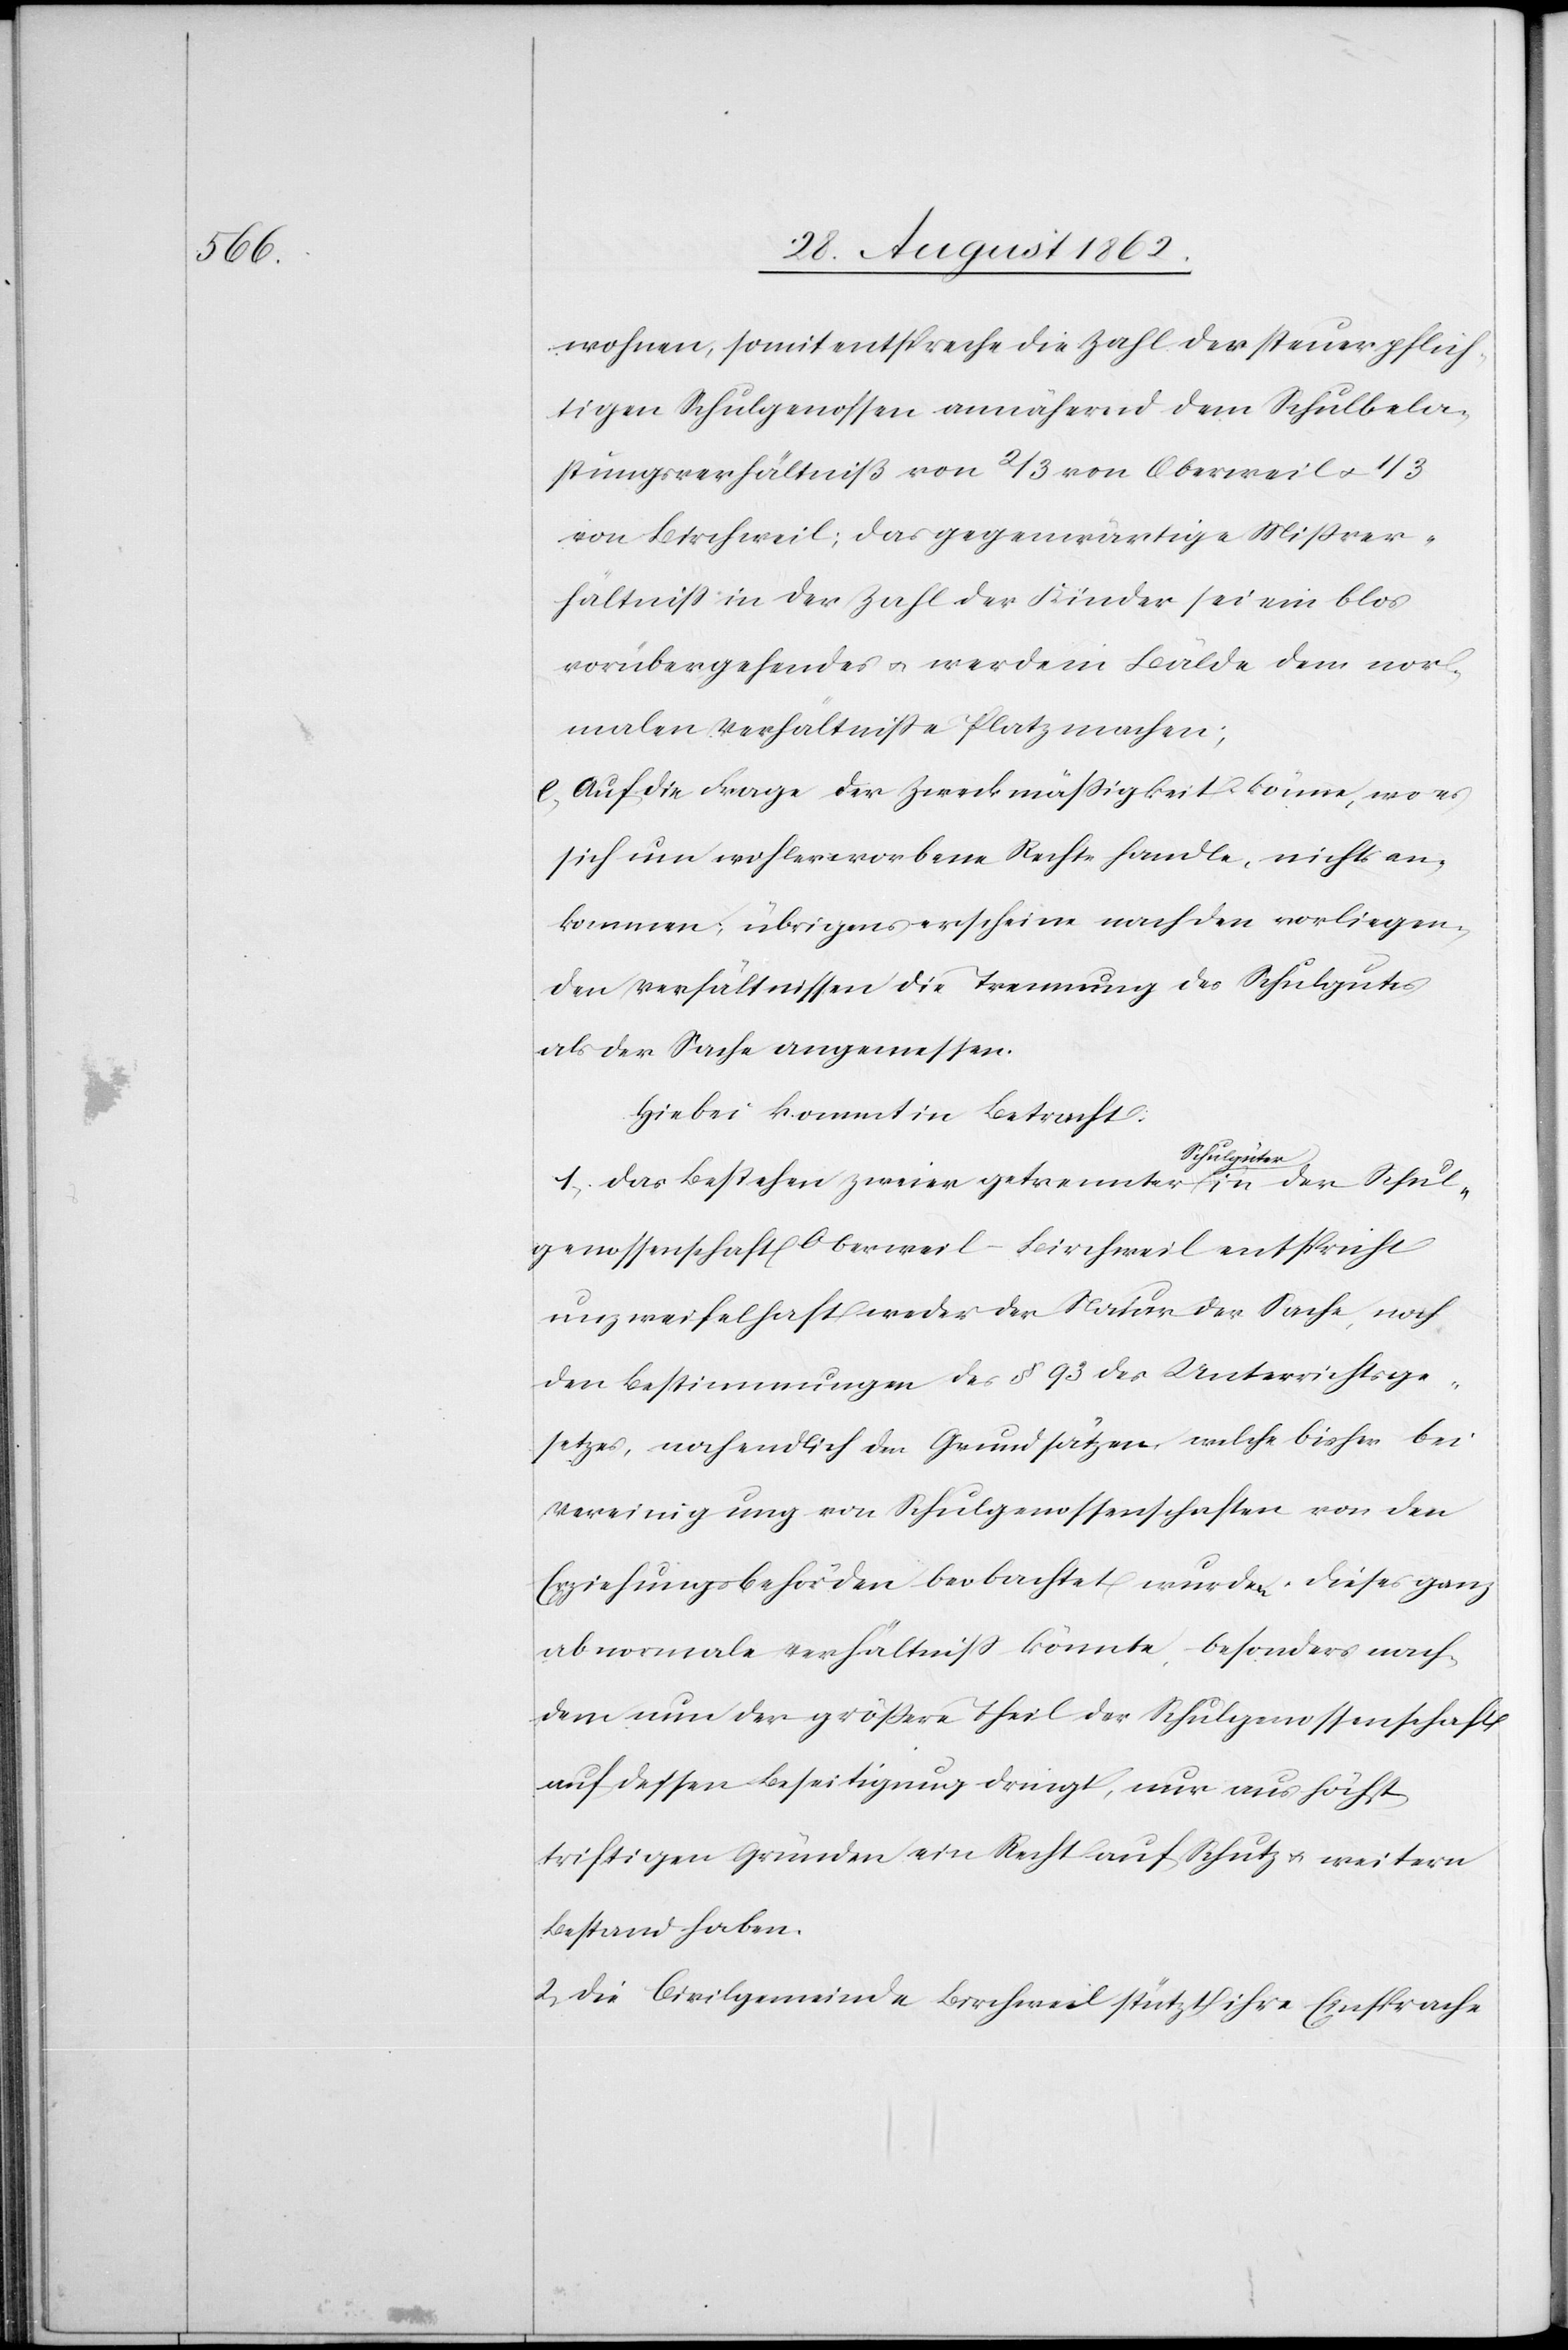
wohnen, somit entspreche die Zahl der steuerpflich¬
tigen Schulgenossen annährend dem Schulbela¬
stungsverhältniß von 2/3 von Oberweil u. 1/3
von Birchweil; das gegenwärtige Mißver¬
hältniß in der Zahl der Kinder sei ein blos
vorübergehendes u. werde in Bälde dem nor¬
malen Verhältniße Platz machen.
e. Auf die Frage der Zweckmäßigkeit könne, wo es
sich um wohlerworbene Rechte handle, nicht an¬
kommen; übrigens erscheine nach den vorliegen¬
den Verhältnissen die Trennung des Schulgutes
als der Sache angemessen.
Hiebei kommt in Betracht:
1. Das Bestehen zweier getrennter Schulgüter in der Schul¬
genossenschaft Oberweil-Birchweil entspricht
unzweifelhaft weder der Natur der Sache, noch
den Bestimmungen des §. 93 des Unterrichtsge¬
setzes, noch endlich den Grundsätzen, welche bisher bei
Vereinigung von Schulgenossenschaften von den
Erziehungsbehörden beobachtet wurden. Dieses ganz
abnormale Verhältniß könnte, besonders nach¬
dem nun der größere Theil der Schulgenossenschaft[en]
auf dessen Beseitigung dringt, nur aus höchst
triftigen Gründen ein Recht auf Schutz u. weitern
Bestand haben.
2. Die Civilgemeinde Birchweil stütz ihre Einsprache